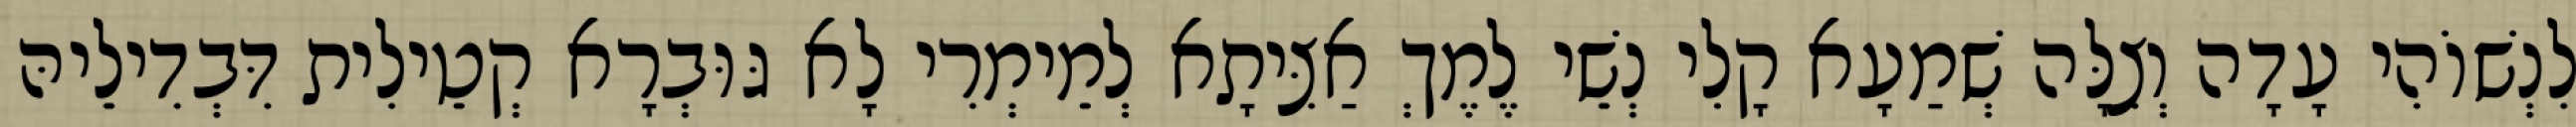
לִנְשׁוֹהִי עָדָה וְצִלָּה שְׁמַעָא קָלִי נְשֵׁי לֶמֶךְ אַצִּיתָא לְמֵימְרִי לָא גּוּבְרָא קְטֵילִית דִּבְדִילֵיהּ